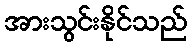
အားသွင်းနိုင်သည်